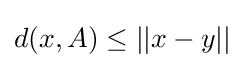
{\textstyle d(x,A)\leq ||x-y||}